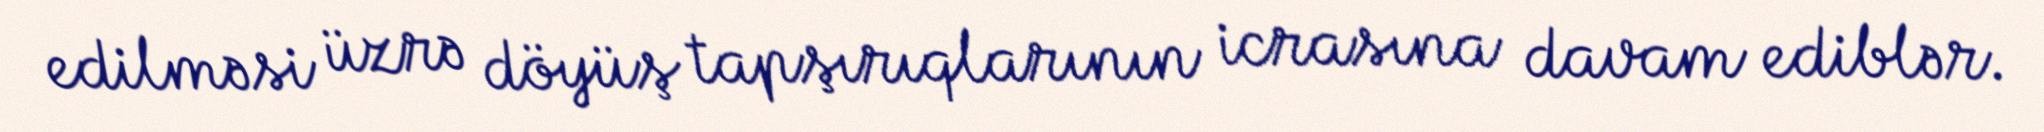
edilməsi üzrə döyüş tapşırıqlarının icrasına davam ediblər.